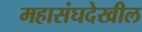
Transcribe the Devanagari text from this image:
महासंघदेखील